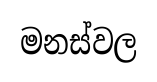
මනස්වල